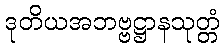
ဒုတိယအဘဗ္ဗဋ္ဌာနသုတ္တံ